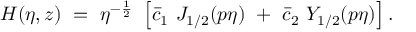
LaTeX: H ( \eta , z ) ~ = ~ \eta ^ { - \frac 1 2 } ~ \left[ \bar { c } _ { 1 } ~ J _ { 1 / 2 } ( p \eta ) ~ + ~ \bar { c } _ { 2 } ~ Y _ { 1 / 2 } ( p \eta ) \right] .